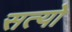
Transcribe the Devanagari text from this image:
सत्यो